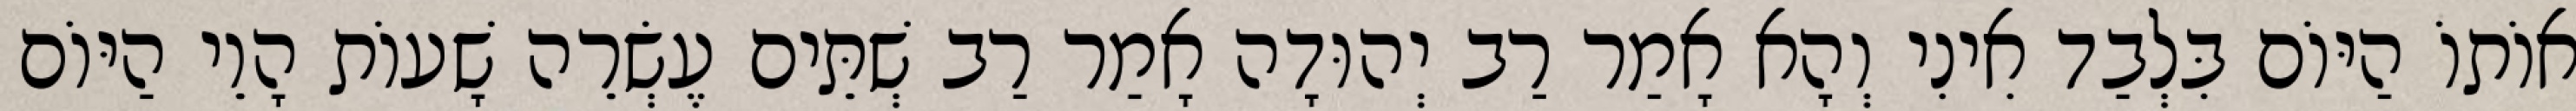
אוֹתוֹ הַיּוֹם בִּלְבַד אִינִי וְהָא אָמַר רַב יְהוּדָה אָמַר רַב שְׁתֵּים עֶשְׂרֵה שָׁעוֹת הָוֵי הַיּוֹם